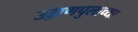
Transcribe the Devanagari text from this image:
उड्डाणपुलाच्या